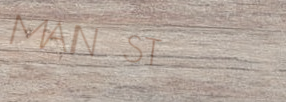
MAIN ST